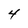
Character: 4